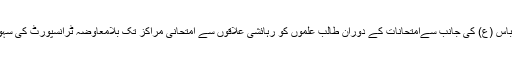
روضہ مبارک حضرت عباس (ع) کی جانب سےامتحانات کے دوران طالب علموں کو رہائشی علاقوں سے امتحانی مراکز تک بلامعاوضہ ٹرانسپورٹ کی سہولت فراہم کی جا رہی ہے۔